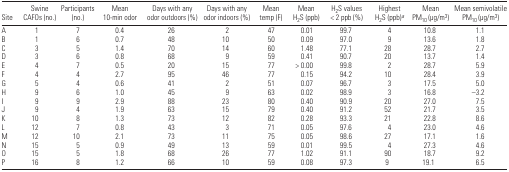
<table><thead><tr><td><b>Site</b></td><td><b>Swine CAFOs (no.)</b></td><td><b>Participants (no.)</b></td><td><b>Mean 10-min odor</b></td><td><b>Days with any odor outdoors (%)</b></td><td><b>Days with any odor indoors (%)</b></td><td><b>Mean temp (F)</b></td><td><b>Mean H<sub>2</sub>S (ppb)</b></td><td><b>H<sub>2</sub>S values &lt; 2 ppb (%)</b></td><td><b>Highest H<sub>2</sub>S (ppb)a</b></td><td><b>Mean PM<sub>10</sub> (μg/m<sup>3</sup>)</b></td><td><b>Mean semivolatile PM<sub>10</sub> (μg/m<sup>3</sup>)</b></td></tr></thead><tbody><tr><td>A</td><td>1</td><td>7</td><td>0.4</td><td>26</td><td>2</td><td>47</td><td>0.01</td><td>99.7</td><td>4</td><td>10.8</td><td>1.1</td></tr><tr><td>B</td><td>1</td><td>6</td><td>0.7</td><td>48</td><td>10</td><td>50</td><td>0.09</td><td>97.0</td><td>9</td><td>13.6</td><td>1.8</td></tr><tr><td>C</td><td>3</td><td>5</td><td>1.4</td><td>70</td><td>14</td><td>60</td><td>1.48</td><td>77.1</td><td>28</td><td>28.7</td><td>2.7</td></tr><tr><td>D</td><td>3</td><td>6</td><td>0.8</td><td>68</td><td>9</td><td>59</td><td>0.41</td><td>90.7</td><td>20</td><td>13.7</td><td>1.4</td></tr><tr><td>E</td><td>4</td><td>7</td><td>0.5</td><td>20</td><td>15</td><td>77</td><td>&gt; 0.00</td><td>99.8</td><td>2</td><td>28.7</td><td>5.9</td></tr><tr><td>F</td><td>4</td><td>4</td><td>2.7</td><td>95</td><td>46</td><td>77</td><td>0.15</td><td>94.2</td><td>10</td><td>28.4</td><td>3.9</td></tr><tr><td>G</td><td>5</td><td>4</td><td>0.6</td><td>41</td><td>2</td><td>51</td><td>0.07</td><td>96.7</td><td>3</td><td>17.5</td><td>5.0</td></tr><tr><td>H</td><td>9</td><td>6</td><td>1.0</td><td>45</td><td>9</td><td>63</td><td>0.02</td><td>98.9</td><td>3</td><td>16.8</td><td>−3.2</td></tr><tr><td>I</td><td>9</td><td>9</td><td>2.9</td><td>88</td><td>23</td><td>80</td><td>0.40</td><td>90.9</td><td>20</td><td>27.0</td><td>7.5</td></tr><tr><td>J</td><td>9</td><td>4</td><td>1.9</td><td>63</td><td>15</td><td>79</td><td>0.40</td><td>91.2</td><td>52</td><td>21.7</td><td>3.5</td></tr><tr><td>K</td><td>10</td><td>8</td><td>1.3</td><td>73</td><td>12</td><td>82</td><td>0.28</td><td>93.3</td><td>21</td><td>22.8</td><td>8.6</td></tr><tr><td>L</td><td>12</td><td>7</td><td>0.8</td><td>43</td><td>3</td><td>71</td><td>0.05</td><td>97.6</td><td>4</td><td>23.0</td><td>4.6</td></tr><tr><td>M</td><td>12</td><td>10</td><td>2.1</td><td>73</td><td>11</td><td>75</td><td>0.05</td><td>98.6</td><td>27</td><td>17.1</td><td>1.6</td></tr><tr><td>N</td><td>15</td><td>5</td><td>0.9</td><td>49</td><td>13</td><td>59</td><td>0.01</td><td>99.5</td><td>4</td><td>27.3</td><td>4.6</td></tr><tr><td>O</td><td>15</td><td>5</td><td>1.8</td><td>68</td><td>26</td><td>77</td><td>1.02</td><td>91.1</td><td>90</td><td>18.7</td><td>9.2</td></tr><tr><td>P</td><td>16</td><td>8</td><td>1.2</td><td>66</td><td>10</td><td>59</td><td>0.08</td><td>97.3</td><td>9</td><td>19.1</td><td>6.5</td></tr></tbody></table>